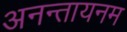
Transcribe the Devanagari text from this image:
अनन्तायनम